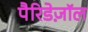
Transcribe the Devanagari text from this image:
पैरिडेज़ॉल